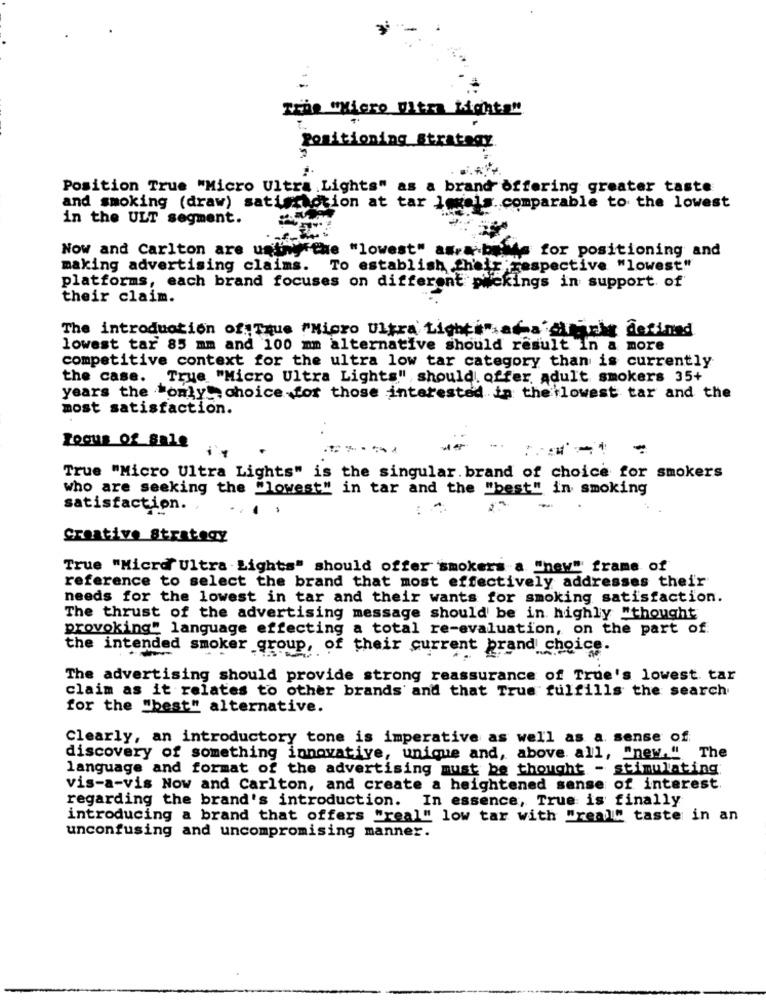
Trhs "Hiero Ultra Lighta"
Positioning Strategy
Position True "Micro Ultra Lights" as a brand offering greater taste
and smoking (draw) satisf.o
faction at tar lodel
el". comparable to the lowest
in the ULT segment.
Now and Carlton are unthyrthe "lowest" as-& bevis for positioning and
making advertising claims.
To establish their
E'respective "lowest"
platforms, each brand focuses on different pickings in support of
their claim.
The introduction of Tque "Micro Ultra Light#" ama ciaris defined
lowest tar 85 mm and 100 mm alternative should result in a more
competitive context for the ultra low tar category than is currently
the case. True "Micro Ultra Lights" should offer, adult smokers 35+
years the "only choice for those interested in the lowest tar and the
most satisfaction.
Focus of sale
True "Micro Ultra Lights" is the singular. brand of choice for smokers
who are seeking the "lowest" in tar and the "best" in smoking
satisfaction.
creative Strategy
True "Micro Ultra Lights" should offer smokers a "new"' frame of
reference to select the brand that most effectively addresses their
needs for the lowest in tar and their wants for smoking satisfaction.
The thrust of the advertising message should be in highly "thought
provoking" language effecting a total re-evaluation, on the part of
the intended smoker group, of their current prand choice.
The advertising should provide strong reassurance of True's lowest tar
claim as it relates to other brands and that True fulfills the search
for the "best" alternative.
Clearly, an introductory tone is imperative as well as a sense of
The
discovery of something innovative, unique and, above all, "new."
language and format of the advertising must be thought - stimulating
vis-a-vis Now and Carlton, and create a heightened sense of interest.
regarding the brand's introduction. In essence, True is finally
introducing a brand that offers "real" low tar with "real" taste in an
unconfusing and uncompromising manner.